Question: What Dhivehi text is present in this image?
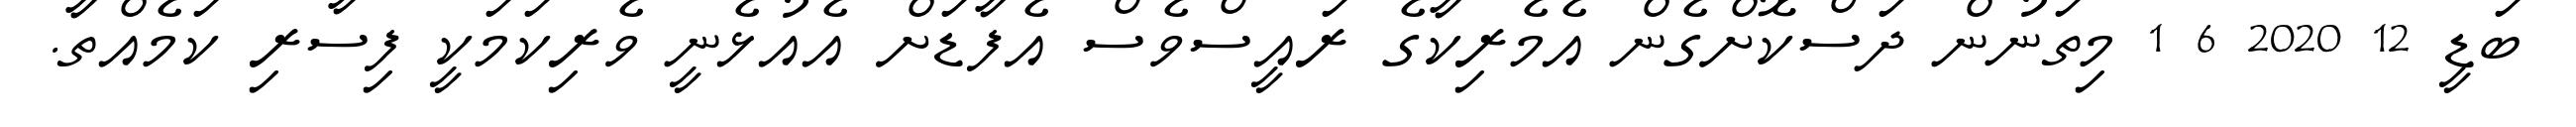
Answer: ބަޑީ 12 2020 6 1 މިތަނުން ދަސްކޮށްގެން އެމެރިކާގެ ރައީސްވެސް އެފާޑަށް އެއުޅެނީ ވެރިކަމަކީ ފިސާރި ކަމެއްތާ.